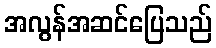
အလွန်အဆင်ပြေသည်